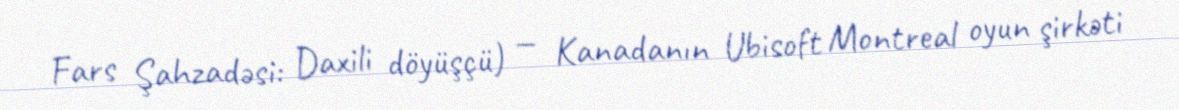
Fars Şahzadəsi: Daxili döyüşçü) — Kanadanın Ubisoft Montreal oyun şirkəti